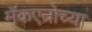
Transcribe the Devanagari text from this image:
मॅकएन्रोच्या